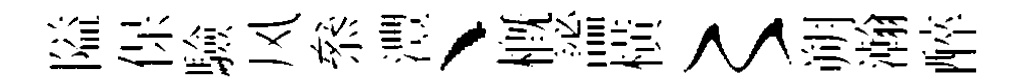
隘保驗风叅灃、槪謐橫〻朔瀚醉